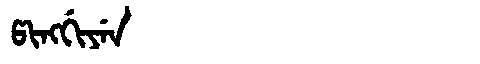
Manchu: ᡦᡳᠩᡤᡳᠶᡝᠨ
Romanization: PINGGIYEN